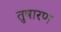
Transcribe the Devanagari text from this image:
तुषारण